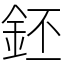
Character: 鉟